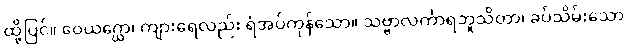
ထို့ပြင်။ ဝေယဂ္ဃော၊ ကျားရေလည်း ရံအပ်ကုန်သော။ သဗ္ဗာလင်္ကာရဘူသိတာ၊ ခပ်သိမ်းသော